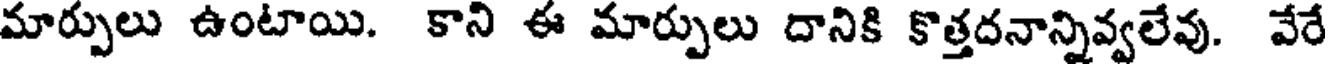
మార్పులు ఉంటాయి. కాని ఈ మార్పులు దానికి కొత్తదనాన్నివ్వలేవు. వేరే